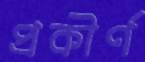
প্রকীর্ণ